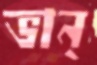
ভান্